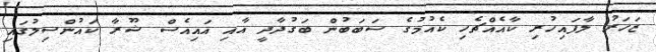
ޒަހަރު ލާފައިހުރި ކާއެއްޗެހި ކެއުމުގެ ސަބަބުން ބަގުދާދީ އާއި އައިއެސް ޝޫރާ ކައުންސިލުގައި